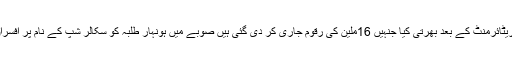
جبکہ کیش ایوارڈز کے نام پر 20 ملین کی ہیراپھیری کی گئی ہے وزارت کے ایسے افسران کو بھی ریٹائرمنٹ کے بعد بھرتی کیا جنہیں 16ملین کی رقوم جاری کر دی گئی ہیں صوبے میں ہونہار طلبہ کو سکالر شپ کے نام پر افسران نے 27 ملین کی کرپشن کی ہے اور افسران نے غیر قانونی طور پر ایڈوائس 100 ملین دیئے گئے ۔